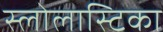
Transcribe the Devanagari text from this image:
स्लोलास्टिका